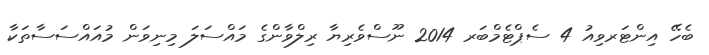
ބެހޭ އިންޓަރވިއު 4 ސެޕްޓެމްބަރ 2014 ނޫސްވެރިޔާ ރިލްވާންގެ މައްސަލަ މިނިވަން މުއައްސަސާތަކާ